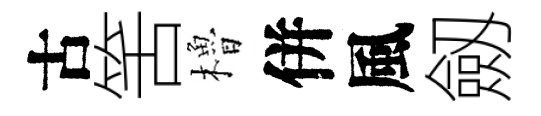
古筈櫓併風劔